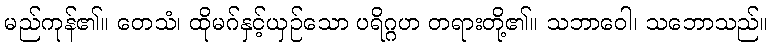
မည်ကုန်၏။ တေသံ၊ ထိုမဂ်နှင့်ယှဉ်သော ပရိဂ္ဂဟ တရားတို့၏။ သဘာဝေါ၊ သဘောသည်။